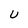
Character: U